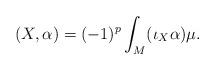
LaTeX: \begin{align*} (X, \alpha) = (-1)^p \int_M (\iota_X \alpha) \mu .\end{align*}